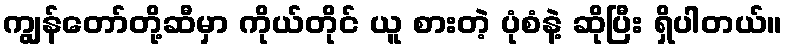
ကျွန်တော်တို့ဆီမှာ ကိုယ်တိုင် ယူ စားတဲ့ ပုံစံနဲ့ ဆိုပြီး ရှိပါတယ်။